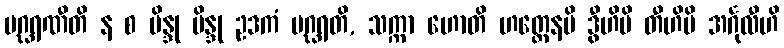
ပဂ္ဃရဏီတိ န စ ဗိန္ဒု ဗိန္ဒု ဥဒကံ ပဂ္ဃရတိ, သက္ကာ ဟောတိ ဟတ္ထေနပိ ဒွီဟိပိ တီဟိပိ အင်္ဂုလီဟိ